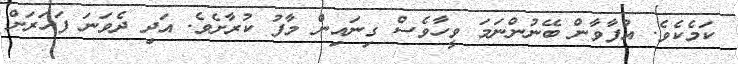
ކަމެކެވެ. އުފާވާން ބޭނުންނަމަ ވީހާވެސް ގިނައިން މާފު ކުރާށެވެ. އަދި ދެވަނަ ފަހަރަށް